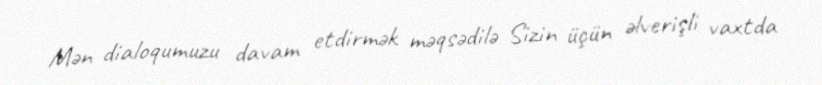
Mən dialoqumuzu davam etdirmək məqsədilə Sizin üçün əlverişli vaxtda